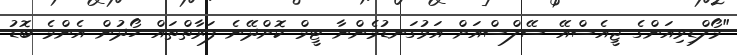
"މޯލްޑިވިއަންގެ ޖީއެސްއޭ ސޭލްސްއަށް އަޅުގަނޑުމެންނާ ޓީމް ކޮށްދޭނެ ފަރާތްތައް ހޯދުން އެންމެ ބޮޑު